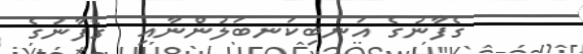
ގެފާނުގެ އަނބިކަނބަލުންނާއި  ގެފާނުގެ